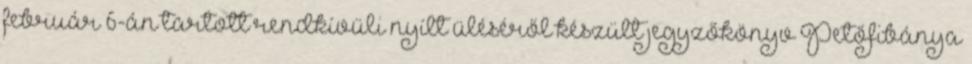
február 6-án tartott rendkívüli nyílt üléséről készült jegyzőkönyv Petőfibánya